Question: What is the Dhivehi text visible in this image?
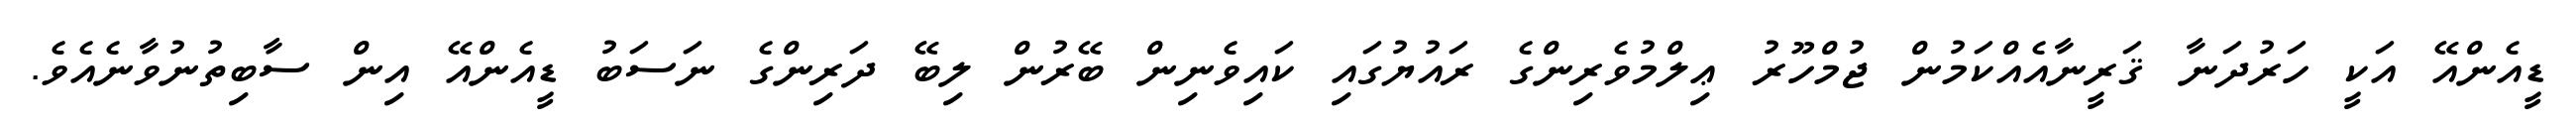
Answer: ޑީއެންއޭ އަކީ ހަރުދަނާ ޤަރީނާއެއްކަމުން ޖުމްހޫރު ޢިލްމުވެރިންގެ ރައުޔުގައި ކައިވެނިން ބޭރުން ލިބޭ ދަރިންގެ ނަސަބު ޑީއެންއޭ އިން ސާބިތުނުވާނެއެވެ.